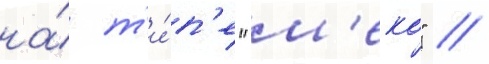
на́ т'и́п'е "м'еко" //